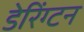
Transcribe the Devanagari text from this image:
डेरिंग्टन